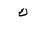
Letter: _kaf